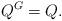
LaTeX: \begin{align*}Q^G=Q.\end{align*}